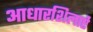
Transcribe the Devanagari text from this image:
आधारशिलाऐं